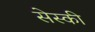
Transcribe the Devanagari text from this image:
सेस्की